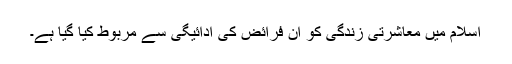
اسلام میں معاشرتی زندگی کو ان فرائض کی ادائیگی سے مربوط کیا گیا ہے۔